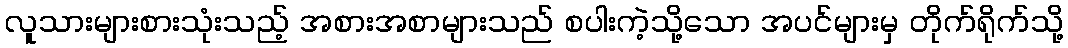
လူသားများစားသုံးသည့် အစားအစာများသည် စပါးကဲ့သို့သော အပင်များမှ တိုက်ရိုက်သို့